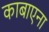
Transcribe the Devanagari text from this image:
काबाएना